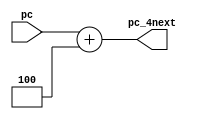
`timescale 1ns / 1ps

module Adder_four(
    input [31:0] pc,
    output reg [31:0] pc_4next
    );
    always @ (pc)
    begin
        pc_4next = pc + 4;
    end
endmodule